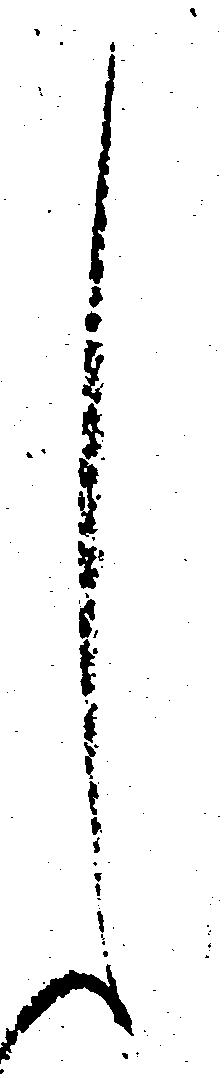
し